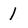
Character: 1